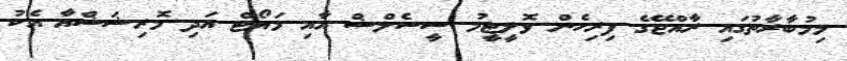
މިމުބާރާތުގައި ރާއްޖޭގެ ފިރިހެން ވޮލީޓީމު ސީސެލްޝް އާއި މަޔޯޓް އަދި މޮރިޝަޝްއާ އެކު